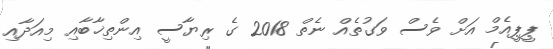
ޕީޕީއެމް އަށް ވެސް ވަގުތެއް ނެތް 2018 ގެ ރިޔާސީ އިންތިޚާބާއި މިއަދާއި